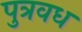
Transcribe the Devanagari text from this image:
पुत्रवध